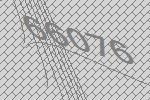
66076